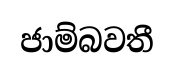
ජාම්බවතී